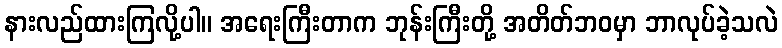
နားလည်ထားကြလို့ပါ။ အရေးကြီးတာက ဘုန်းကြီးတို့ အတိတ်ဘဝမှာ ဘာလုပ်ခဲ့သလဲ